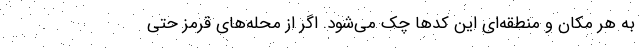
به هر مکان و منطقه‌ای این کدها چک می‌شود. اگر از محله‌های قرمز حتی